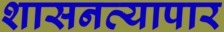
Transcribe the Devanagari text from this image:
शासनव्यापार